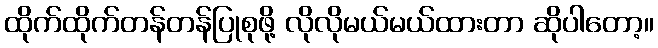
ထိုက်ထိုက်တန်တန်ပြုစုဖို့ လိုလိုမယ်မယ်ထားတာ ဆိုပါတော့။